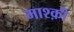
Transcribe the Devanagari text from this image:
माश्क़ी